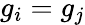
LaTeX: g_{i}=g_{j}